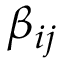
\beta _ { i j }